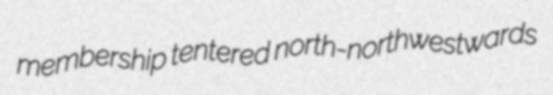
membership tentered north-northwestwards